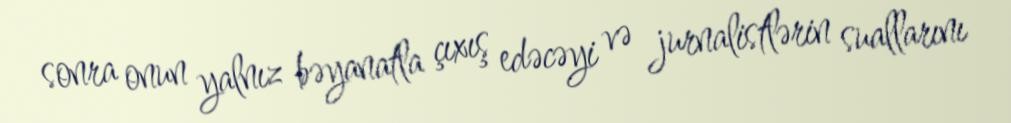
sonra onun yalnız bəyanatla çıxış edəcəyi və jurnalistlərin suallarını